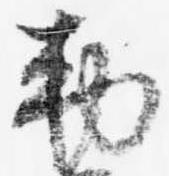
勅